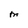
Character: M